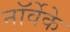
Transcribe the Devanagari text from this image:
नॉर्वेके